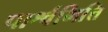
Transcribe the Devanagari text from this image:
पार्श्वभित्ति